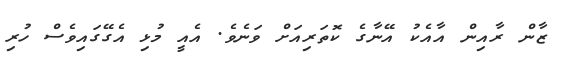
ޒާން ރާއިން އާއެކު އޭނާގެ ކޮތަރިއަށް ވަނެވެ. އެއީ މުޅި އެގޭގައިވެސް ހުރި